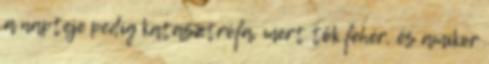
a napteje pedig katasztrófa, mert tök fehér, és amikor